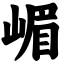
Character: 嵋